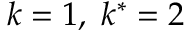
k = 1 , \; k ^ { * } = 2